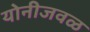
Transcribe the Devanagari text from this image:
योनीजवळ